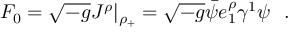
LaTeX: { \cal F } _ { 0 } = { \sqrt { - g } } J ^ { \rho } | _ { \rho _ { + } } = { \sqrt { - g } } { \bar { \psi } } e _ { 1 } ^ { \rho } \gamma ^ { 1 } \psi ~ ~ .